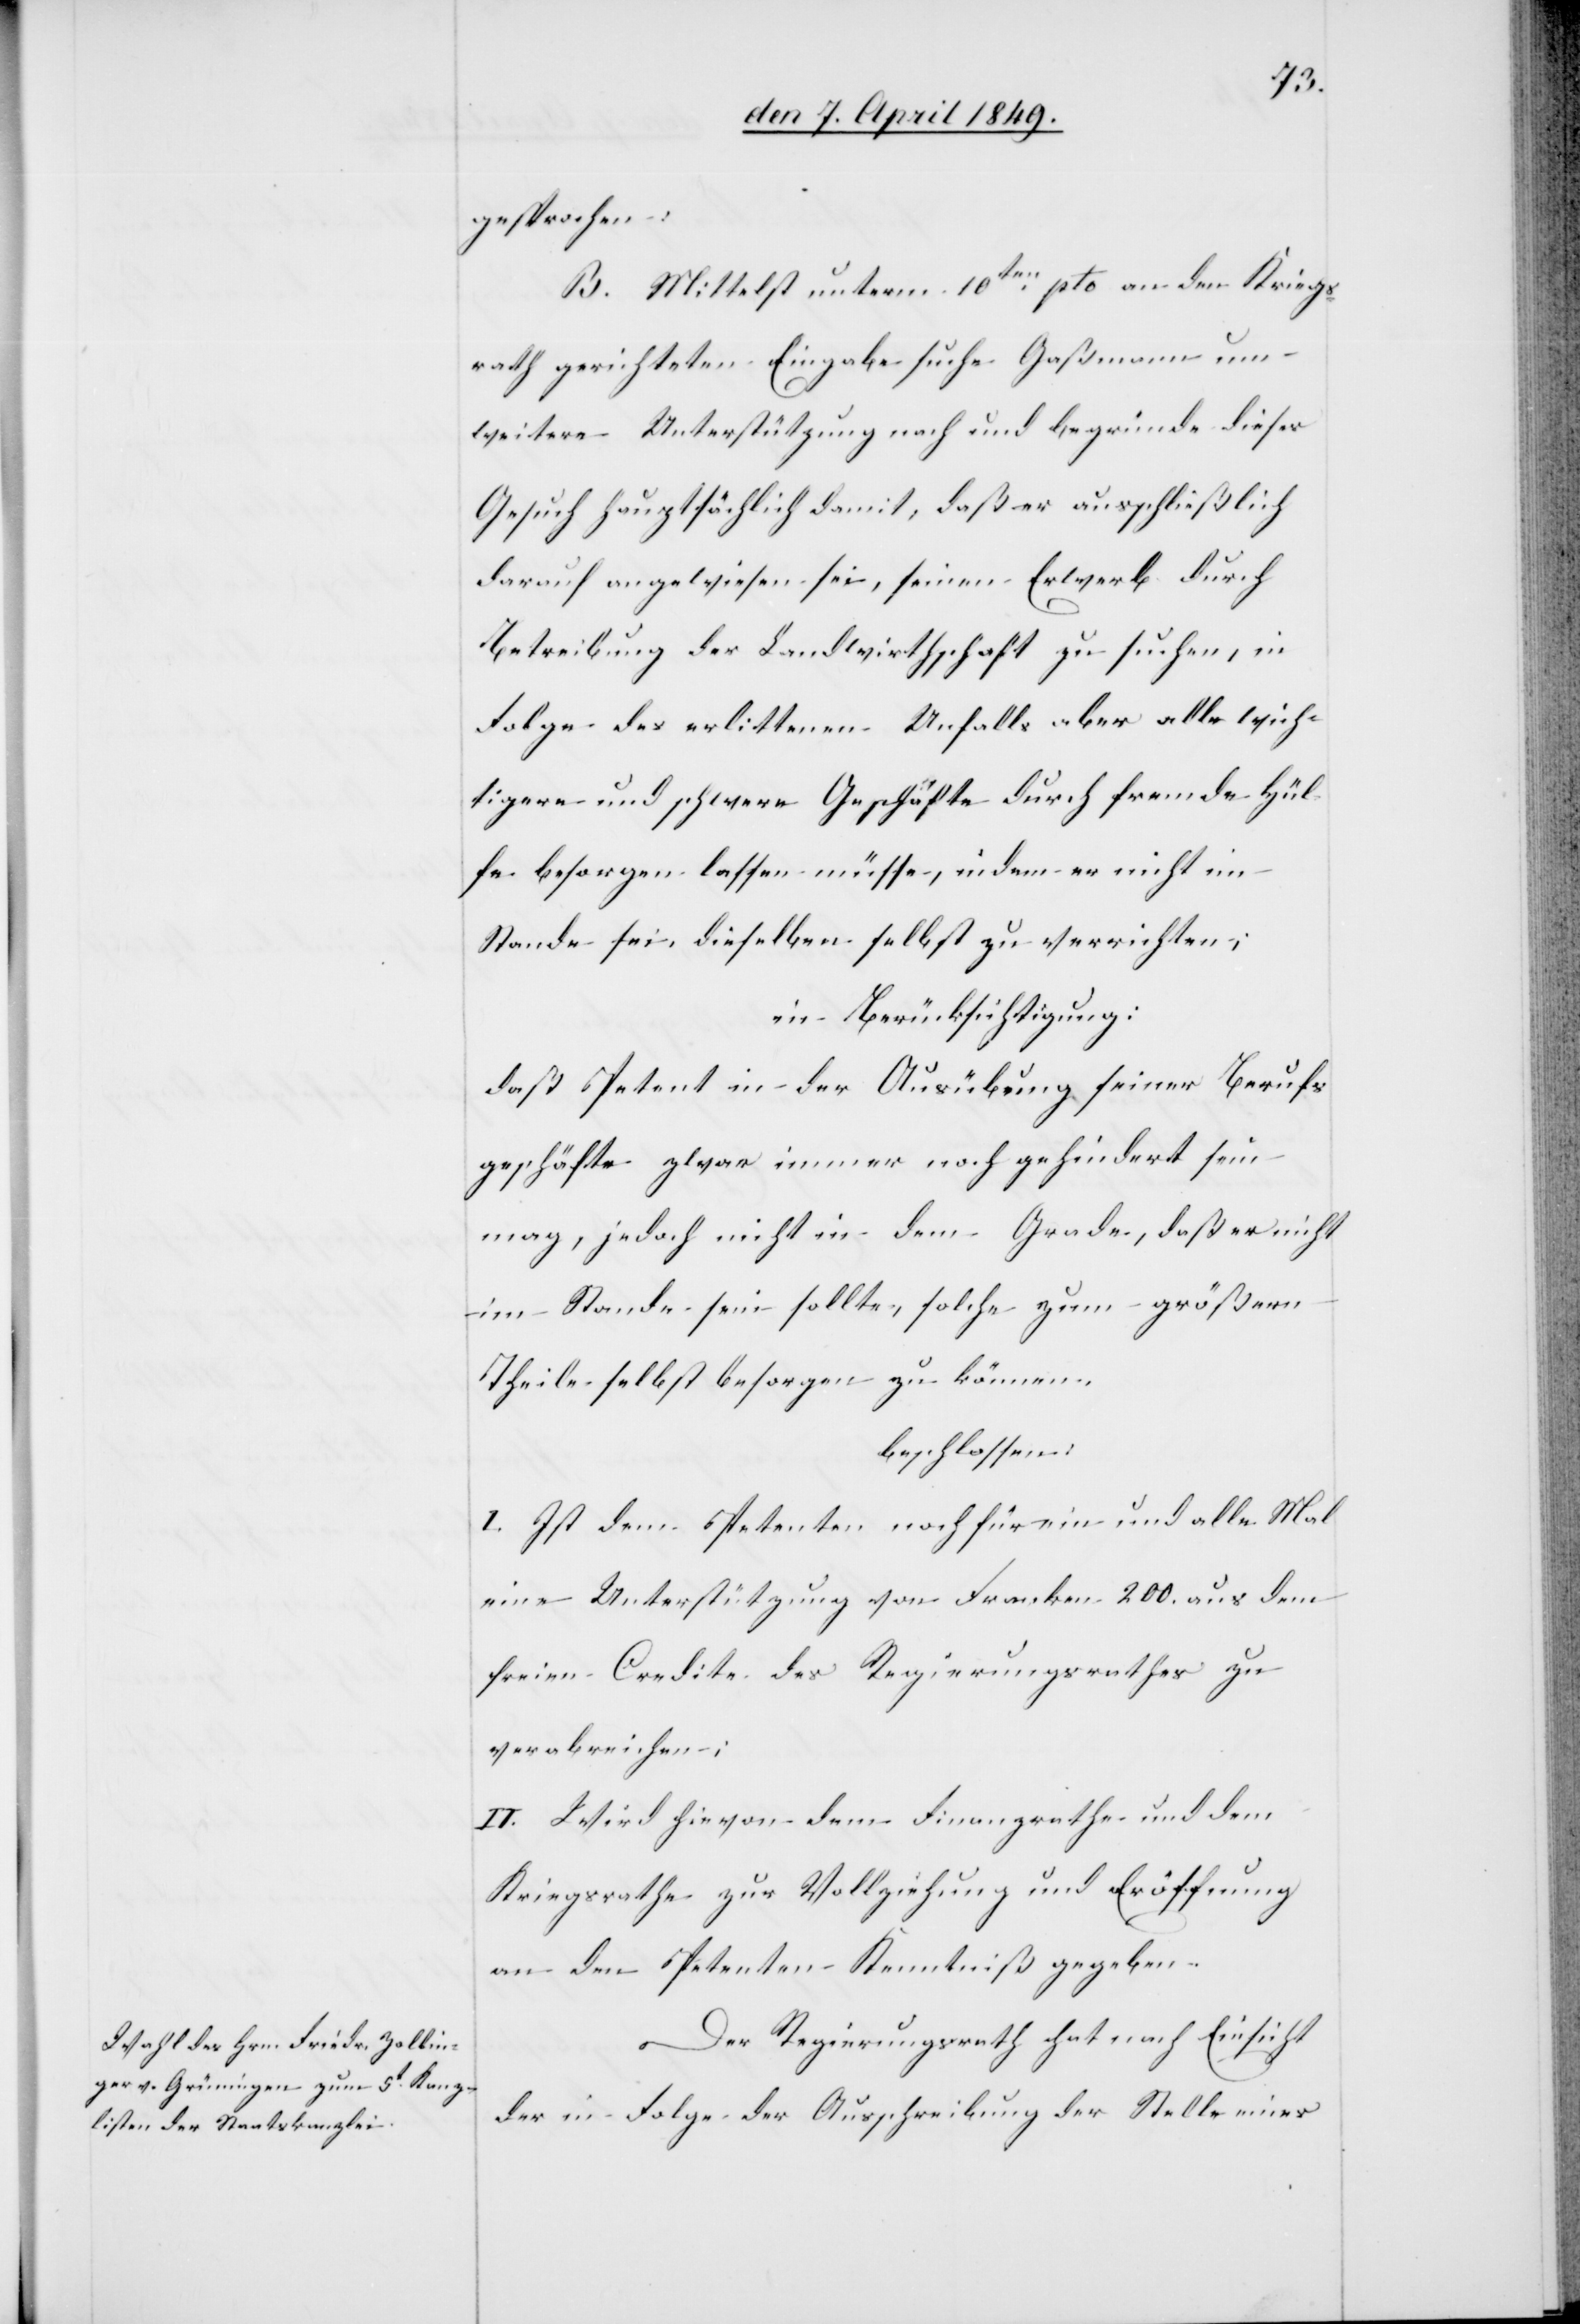
gesprochen.
B. Mittelst unterm 10ten pto an den Kriegs¬
rath gerichteten Eingabe suche Gaßmann um
weitere Unterstützung nach und begründe dieses
Gesuch hauptsächlich damit, daß er ausschließlich
darauf angewiesen sei, seinen Erwerb durch
Betreibung der Landwirthschaft zu suchen, in
Folge des erlittenen Unfalls aber alle wich¬
tigere und schwere Geschäfte durch fremde Hül¬
fe besorgen lassen müsse, indem er nicht im
Stande sei, dieselben selbst zu verrichten;
in Berücksichtigung:
daß Petent in der Ausübung seiner Berufs¬
geschäfte zwar immer noch gehindert sein
mag, jedoch nicht in dem Grade, daß er nicht
im Stande sein sollte, solche zum größern
Theile selbst besorgen zu können.
beschlossen:
I. Ist dem Petenten noch für ein und alle Mal
eine Unterstützung von Franken 200. aus dem
freien Credite des Regierungsrathes zu
verabreichen;
II. Wird hievon dem Finanzrathe und dem
Kriegsrathe zur Vollziehung und Eröffnung
an den Petenten Kenntniß gegeben.
Der Regierungsrath hat nach Einsicht
der in Folge der Ausschreibung der Stelle eines